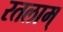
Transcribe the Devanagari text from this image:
रतलाम्